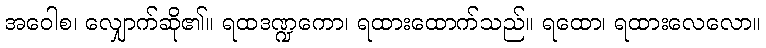
အဝေါစ၊ လျှောက်ဆို၏။ ရထဒဏ္ဍကော၊ ရထားထောက်သည်။ ရထော၊ ရထားလေလော။